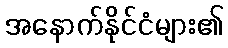
အနောက်နိုင်ငံများ၏